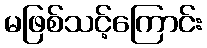
မဖြစ်သင့်ကြောင်း